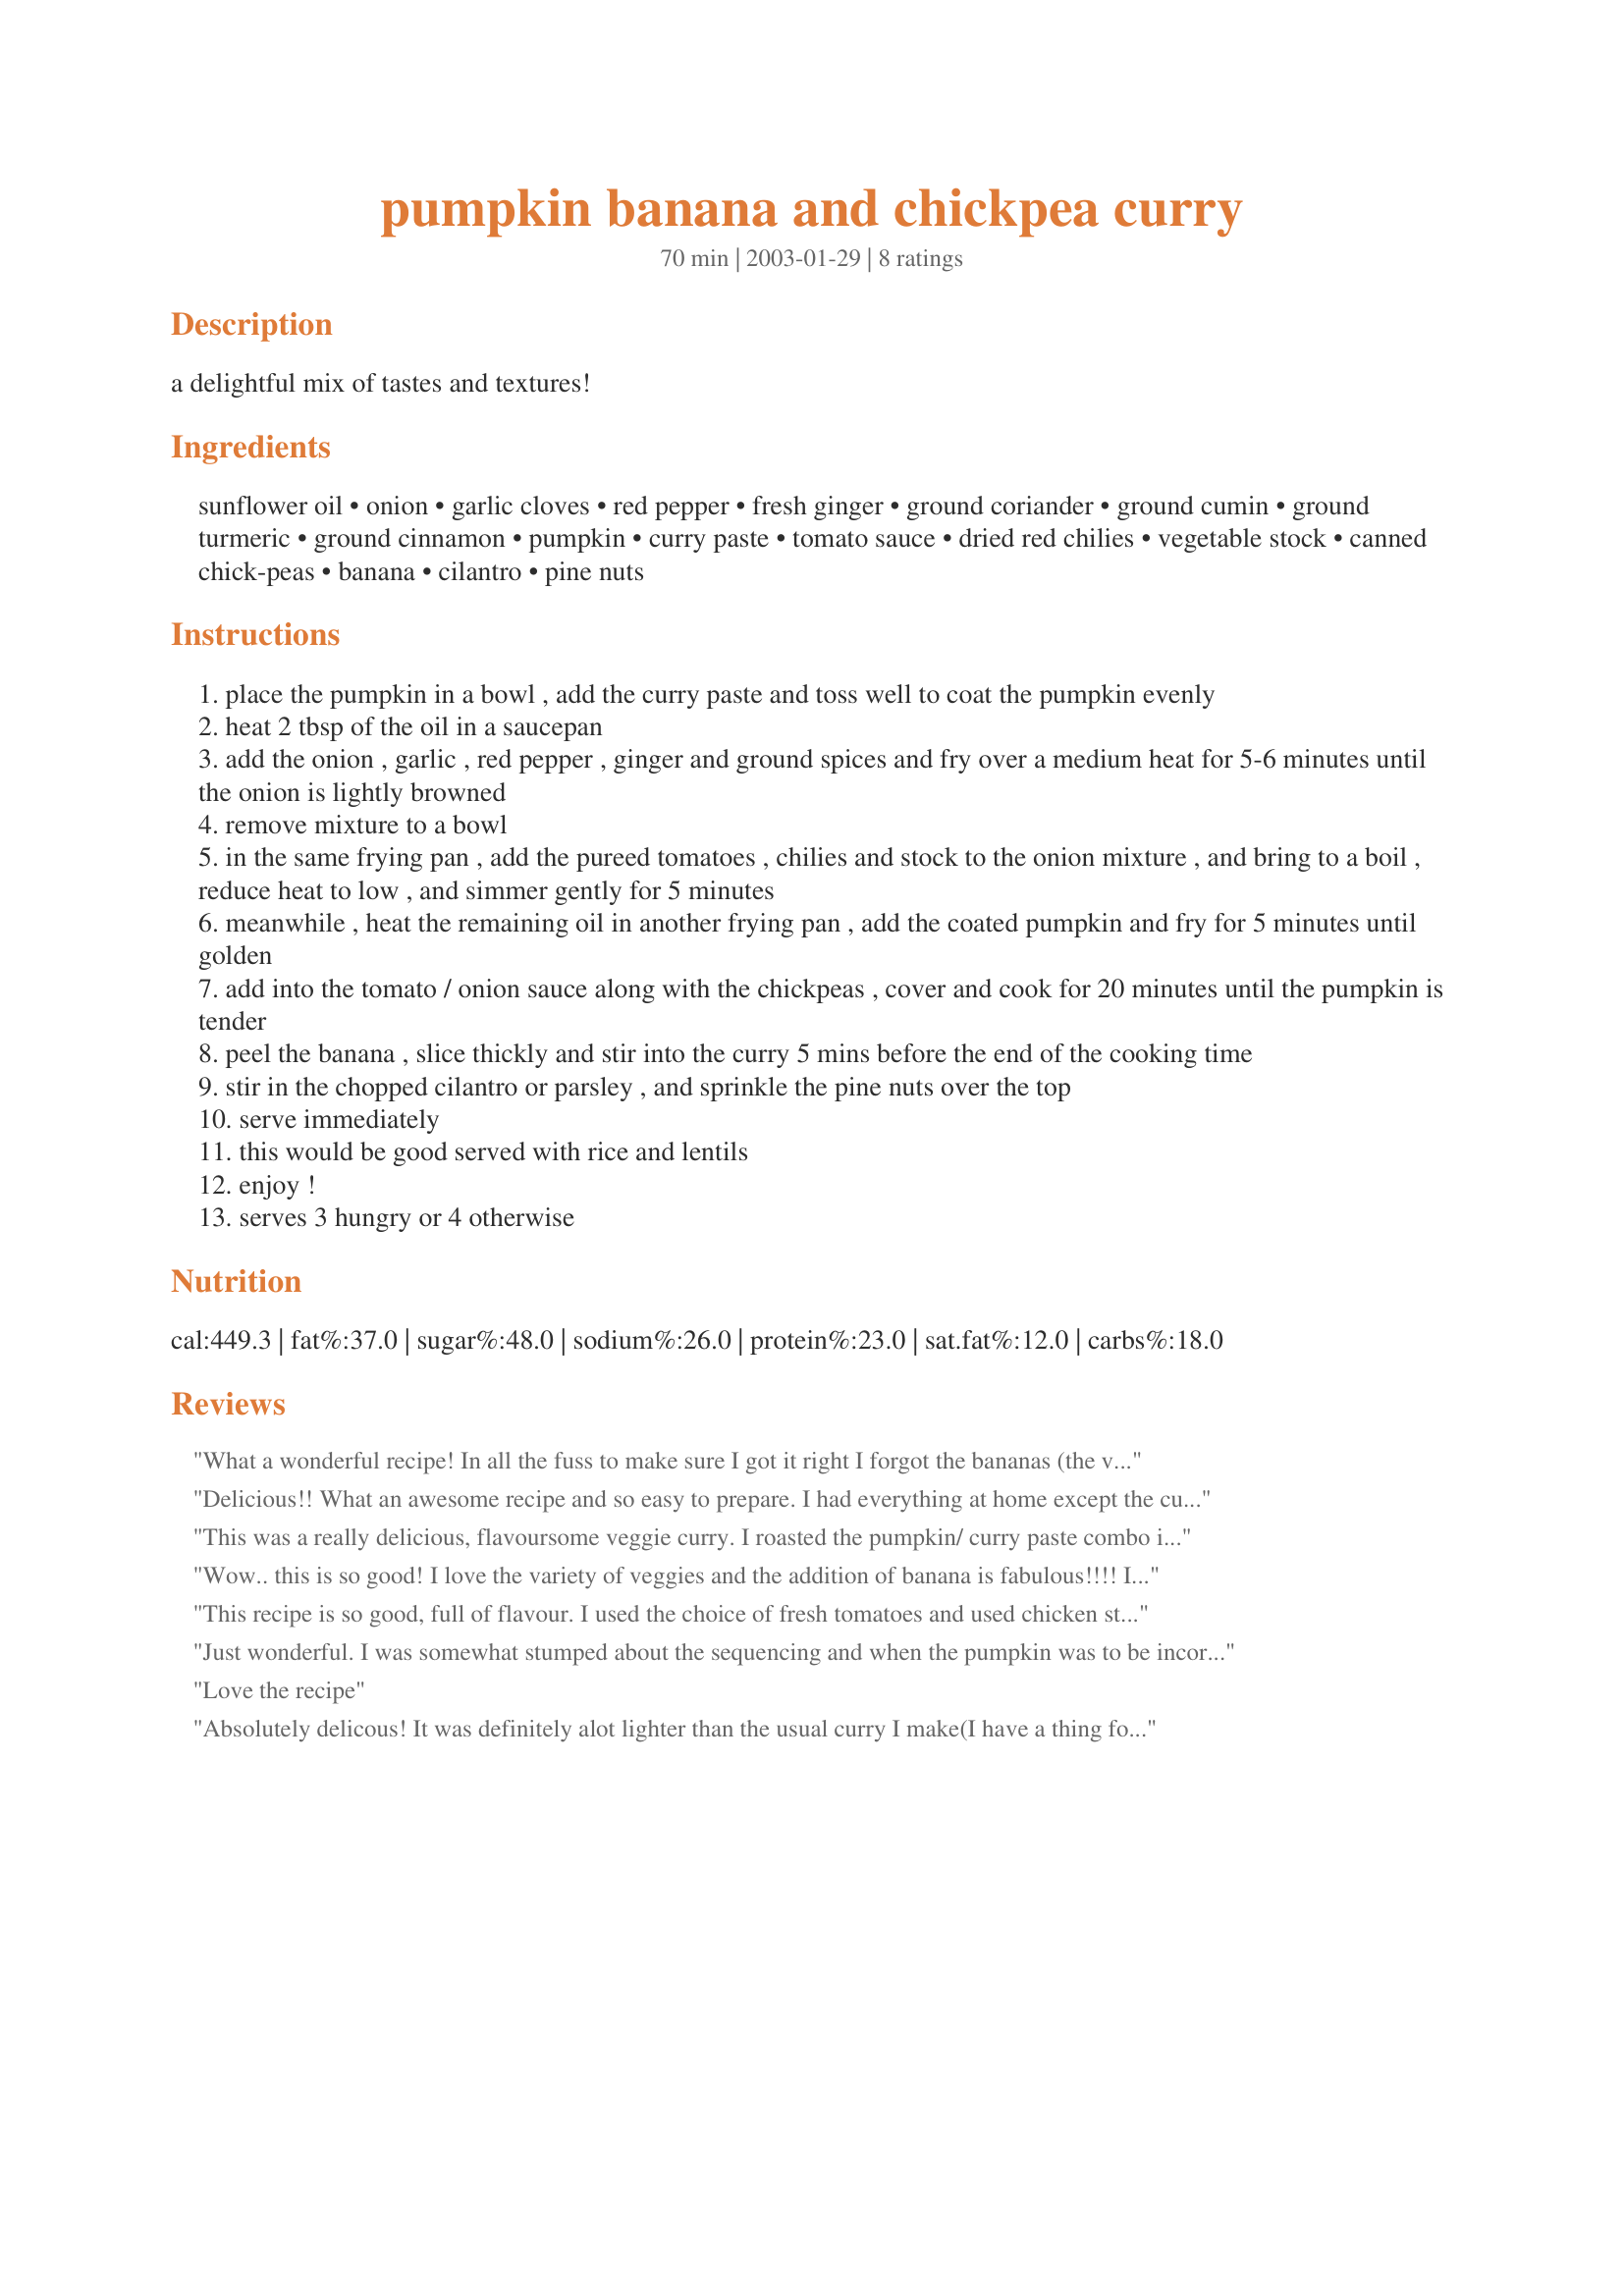
pumpkin banana and chickpea curry
Preparation time: 70 minutes

a delightful mix of tastes and textures!

Ingredients:
sunflower oil, onion, garlic cloves, red pepper, fresh ginger, ground coriander, ground cumin, ground turmeric, ground cinnamon, pumpkin, curry paste, tomato sauce, dried red chilies, vegetable stock, canned chick-peas, banana, cilantro, pine nuts

Steps:
place the pumpkin in a bowl , add the curry paste and toss well to coat the pumpkin evenly
heat 2 tbsp of the oil in a saucepan
add the onion , garlic , red pepper , ginger and ground spices and fry over a medium heat for 5-6 minutes until the onion is lightly browned
remove mixture to a bowl
in the same frying pan , add the pureed tomatoes , chilies and stock to the onion mixture , and bring to a boil , reduce heat to low , and simmer gently for 5 minutes
meanwhile , heat the remaining oil in another frying pan , add the coated pumpkin and fry for 5 minutes until golden
add into the tomato / onion sauce along with the chickpeas , cover and cook for 20 minutes until the pumpkin is tender
peel the banana , slice thickly and stir into the curry 5 mins before the end of the cooking time
stir in the chopped cilantro or parsley , and sprinkle the pine nuts over the top
serve immediately
this would be good served with rice and lentils
enjoy !
serves 3 hungry or 4 otherwise

Reviews:
What a wonderful recipe! In all the fuss to make sure I got it right I forgot the bananas (the very reason I choose this recipe in the first place!). No matter - with or without bananas this is a beaut curry! Thanks!
Delicious!! What an awesome recipe and so easy to prepare. I had everything at home except the cumin and cinnamon and it was still fantastic with vege stock and fresh tomatoes. Thank-you!
This was a really delicious, flavoursome veggie curry. I roasted the pumpkin/ curry paste combo in the oven, as it seemed less hassle than frying. Also, despite (or maybe because of!) using pine nuts in most of the recipes I've made in the past few weeks, whether they were called for or not, I'd run out, so used cashews instead.
Wow.. this is so good! I love the variety of veggies and the addition of banana is fabulous!!!! I used fresh tomatoes and vegetable broth. I didnt have any pine nuts on hand, so I decided to top with some chopped cashew nuts... and it was actually marvelous!
Thanks for the recipe :-)
This recipe is so good, full of flavour. I used the choice of fresh tomatoes and used chicken stock. I think the banana gives a touch of sweetness to balance the curry and spices. I served this with basmati rice to have a complete vegetarian meal, but it would be good as a side dish with a steamed chicken breast.
Just wonderful. I was somewhat stumped about the sequencing and when the pumpkin was to be incorporated in the curry. After sauteeing the onions, peppers, garlic and spices, I moved them to a bowl. Then cooked up the pumkin and curry paste. After 5 minutes added the onions and pepers back in and continued with the dish. Managed to also reduce the total amount of oil to 1 tablespoon by using some extra vegetable stock to soften the onions. Used fresh tomatoes but think this would work equally well with the canned variety. My final tweak was that I used a very ripe plaintain instead of the banana, a simple matter of availability and preference for cooking with plantains as they hold there shape a bit better. Will certainly make this soon as it was thoroughly enjoyed. Imagining variations with small amounts of chicken in lieu of some of the chickpeas, or a light addition of allspice. Thank you so much Sharon!
Love the recipe
Absolutely delicous! It was definitely alot lighter than the usual curry I make(I have a thing for SE Asian curries, so I rarely try other one) but I wanted to do something different with my excess bananas. This only used one, and later on thought I should have added more, but then I ate it and decided 'No.' The banana added a very subtle flavour to this, and it was really nice and easy. I'm so glad I had everything on hand. I used one can of tomatoes and I want to say thankyou so much for this different and delicious recipe!
